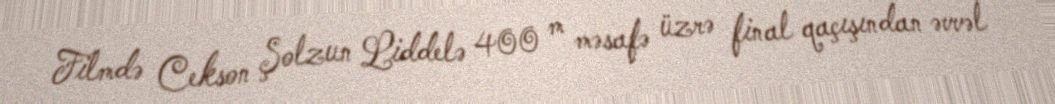
Filmdə Cekson Şolzun Liddelə 400 m məsafə üzrə final qaçışından əvvəl